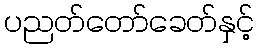
ပညတ်တော်ခေတ်နှင့်